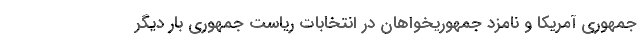
جمهوری آمریکا و نامزد جمهوریخواهان در انتخابات ریاست جمهوری بار دیگر